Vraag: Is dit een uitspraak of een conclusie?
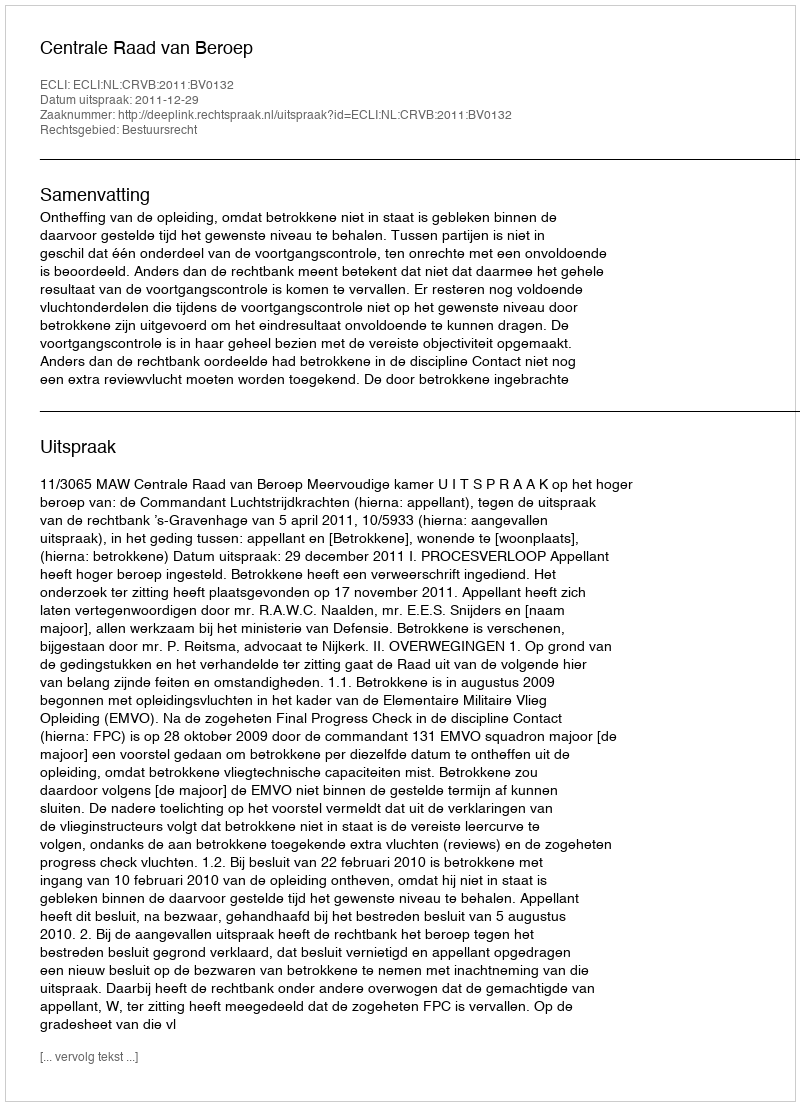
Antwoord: Uitspraak